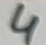
Text: 4